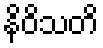
နိဝိသတိ